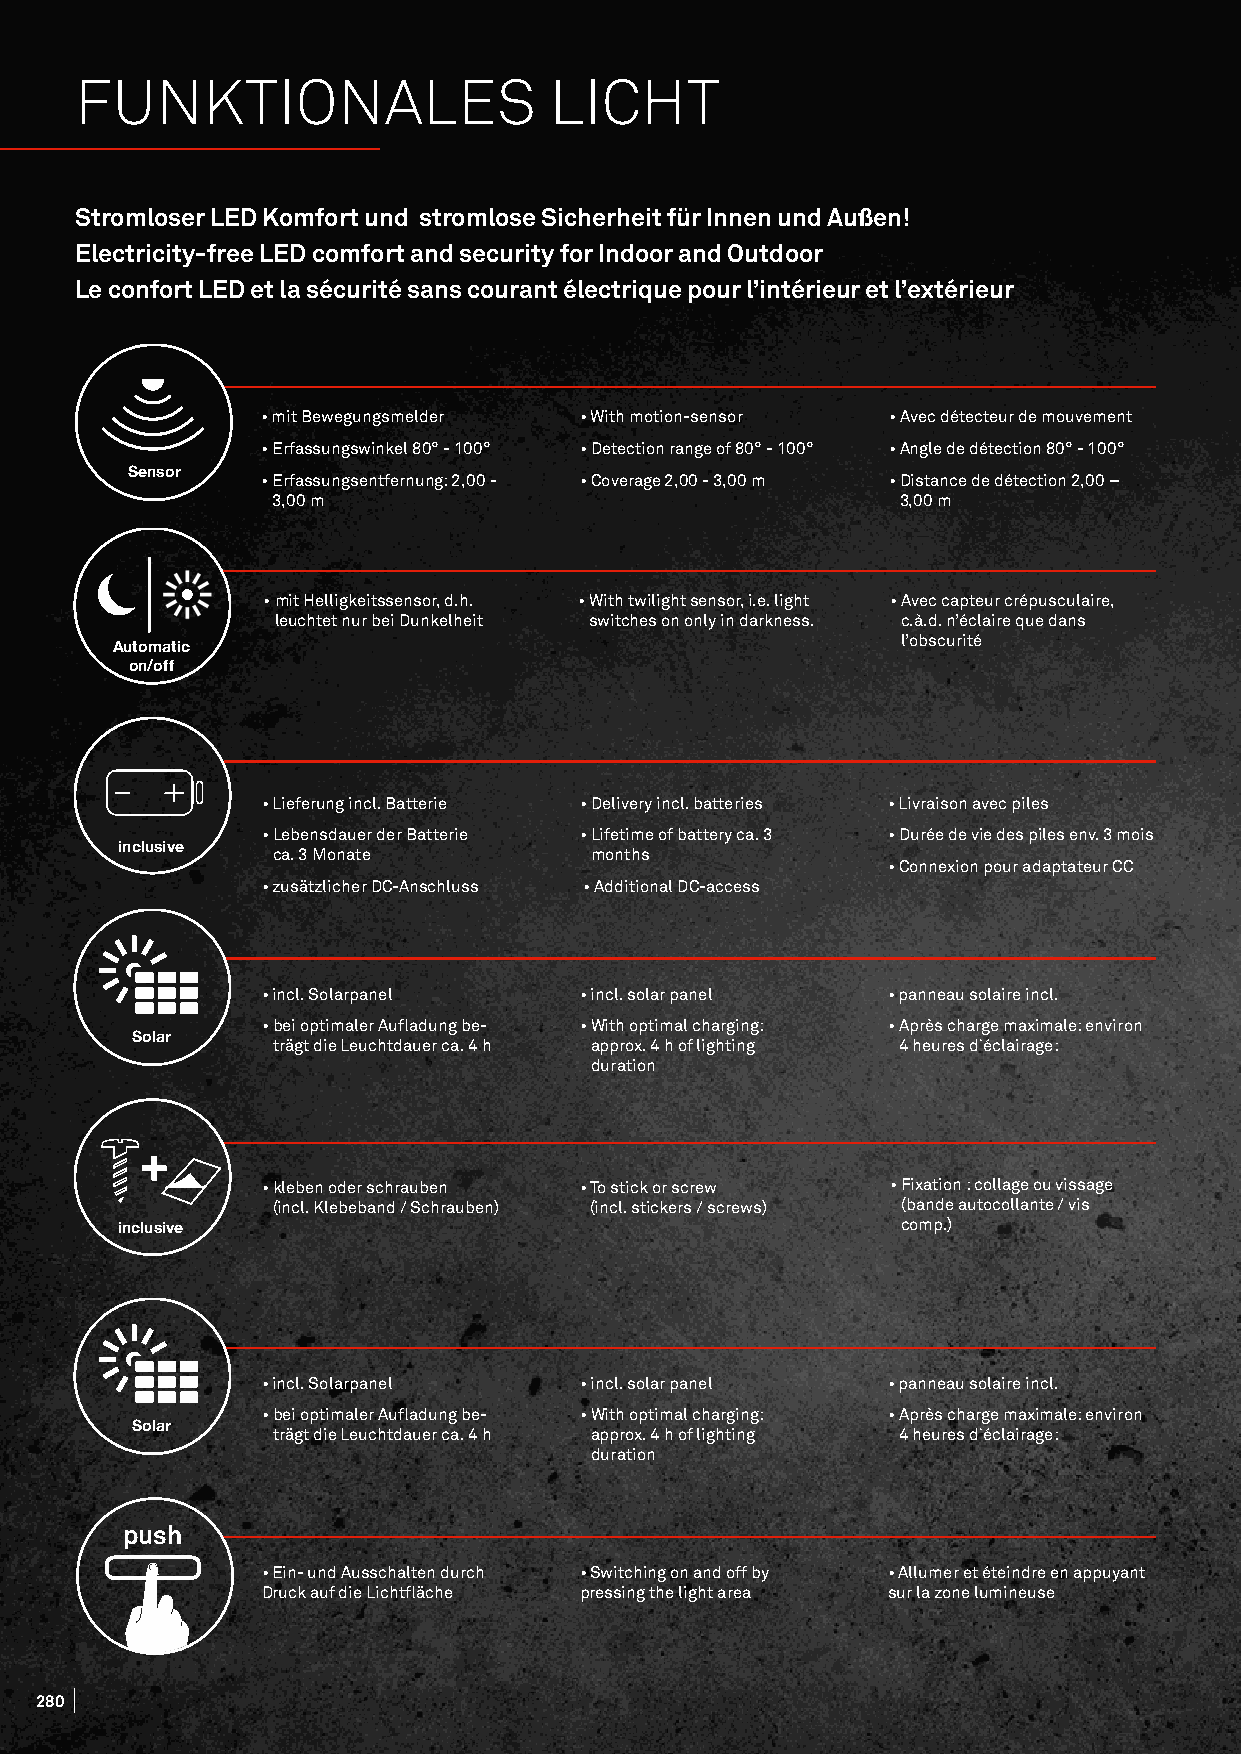
FUNKTIONALES                   LICHT
 Stromloser LED Komfort und stromlose Sicherheit für Innen und Außen!
 Electricity-free LED comfort and security for Indoor and Outdoor
 Le confort LED et la sécurité sans courant électrique pour l’intérieur et l’extérieur
 • mit Bewegungsmelder • With motion-sensor • Avec détecteur de mouvement
 • Erfassungswinkel 80° - 100° • Detection range of 80° - 100° • Angle de détection 80° - 100°
 Sensor   • Erfassungsentfernung: 2,00 - • Coverage 2,00 - 3,00 m • Distance de détection 2,00 –
 3,00 m                                    3,00 m
 • mit Helligkeitssensor, d.h. • With twilight sensor, i.e. light • Avec capteur crépusculaire,
 leuchtet nur bei Dunkelheit switches on only in darkness. c.à.d. n’éclaire que dans
 l’obscurité
 Automatic
 on/off
 • Lieferung incl. Batterie • Delivery incl. batteries • Livraison avec piles
 • Lebensdauer der Batterie • Lifetime of battery ca. 3 • Durée de vie des piles env. 3 mois
 inclusive ca. 3 Monate         months
 • Connexion pour adaptateur CC
 • zusätzlicher DC-Anschluss • Additional DC-access
 • incl. Solarpanel   • incl. solar panel  • panneau solaire incl.
 • bei optimaler Aufladung be- • With optimal charging: • Après charge maximale: environ
 Solar    trägt die Leuchtdauer ca. 4 h approx. 4 h of lighting 4 heures d`éclairage:
 duration
 • kleben oder schrauben • To stick or screw • Fixation : collage ou vissage
 (incl. Klebeband / Schrauben) (incl. stickers / screws) (bande autocollante / vis
 comp.)
 inclusive
 • incl. Solarpanel   • incl. solar panel  • panneau solaire incl.
 • bei optimaler Aufladung be- • With optimal charging: • Après charge maximale: environ
 Solar    trägt die Leuchtdauer ca. 4 h approx. 4 h of lighting 4 heures d`éclairage:
 duration
 push
 • Ein- und Ausschalten durch • Switching on and off by • Allumer et éteindre en appuyant
 Druck auf die Lichtfläche pressing the light area sur la zone lumineuse
 228800